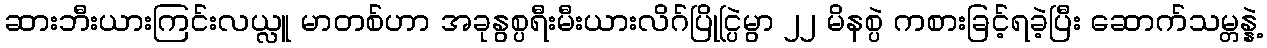
ဆားဘီးယားကြင်းလယ္လူ မာတစ်ဟာ အခုနွစ္ပရီးမီးယားလိဂ်ပြိုင္ပြဲမွာ ၂၂ မိနစ္ပဲ ကစားခြင့်ရခဲ့ပြီး ဆောက်သမ္တန္နဲ့